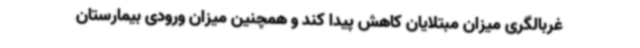
غربالگری میزان مبتلایان کاهش پیدا کند و همچنین میزان ورودی بیمارستان